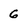
Character: 6